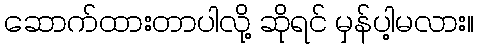
ဆောက်ထားတာပါလို့ ဆိုရင် မှန်ပါ့မလား။